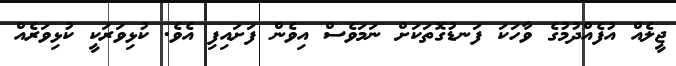
ޖީލެއް އުފެއްދުމުގެ ވާހަކަ ފަނޑުގޮތަކަށް ނަމަވެސް އިވެން ފަށައިފި އެވެ. ކުޅިވަރަކީ ކުޅިވަރެއް